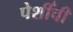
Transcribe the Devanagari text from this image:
पेशीँची